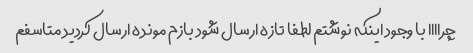
چراااا با وجود اینکه نوشتم لطفا تازه ارسال شود بازم مونده ارسال کردید متاسفم